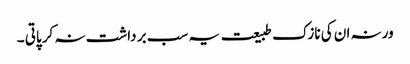
ورنہ ان کی نازک طبیعت یہ سب بر داشت نہ کر پاتی ۔